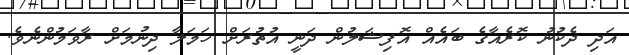
އަދި ދެކުނު ކޮރެއާގެ ބައެއް އޮފިޝަލުން ދަނީ އުތުރަށް ހަމަލާ ދިނުމަށް ރާވަމުންނެވެ.